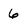
Character: 6